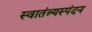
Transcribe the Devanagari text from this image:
स्वातंत्र्यस्पंदन